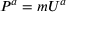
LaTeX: P ^ { a } = m U ^ { a }